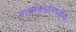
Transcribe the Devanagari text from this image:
मार्क्सवादाविषयीची